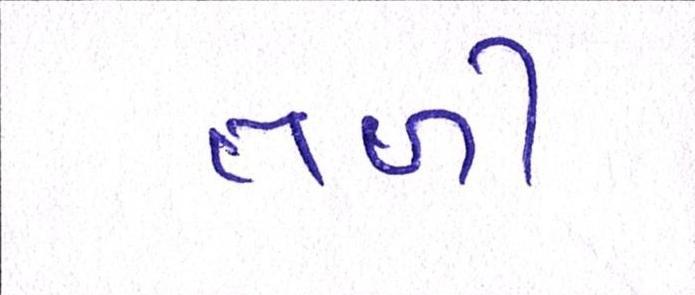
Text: તળી